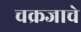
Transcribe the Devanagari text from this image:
चक्रजाचे